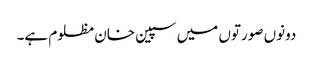
دونوں صورتوں میں سپین خان مظلوم ہے۔